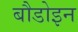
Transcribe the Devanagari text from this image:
बौडोइन